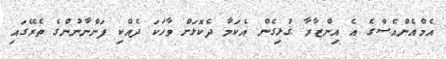
އެމްއެންއެސްގެ އެ އިންޒާރާ ގުޅިގެން އެކަމާ ދެކޮޅަށް ވާހަކަ ދެއްކި ފަންނާނުންގެ ތެރޭގައި